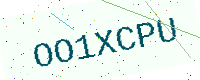
Text: OO1XCPU